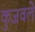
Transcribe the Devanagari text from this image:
कुजवले